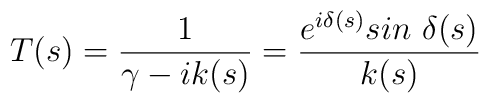
T(s) = {1\over \gamma -ik(s)}= {e^{i\delta (s)} sin \ \delta (s)\over k(s)}